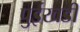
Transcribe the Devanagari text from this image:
पुईखडी